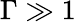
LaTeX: \Gamma\gg 1